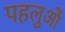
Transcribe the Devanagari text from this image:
पहलुआें